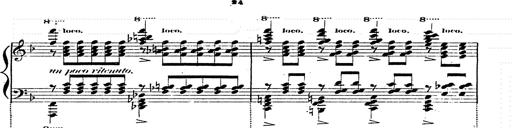
Title: Franz Schuberts geistliche Lieder
Composer: Franz Liszt